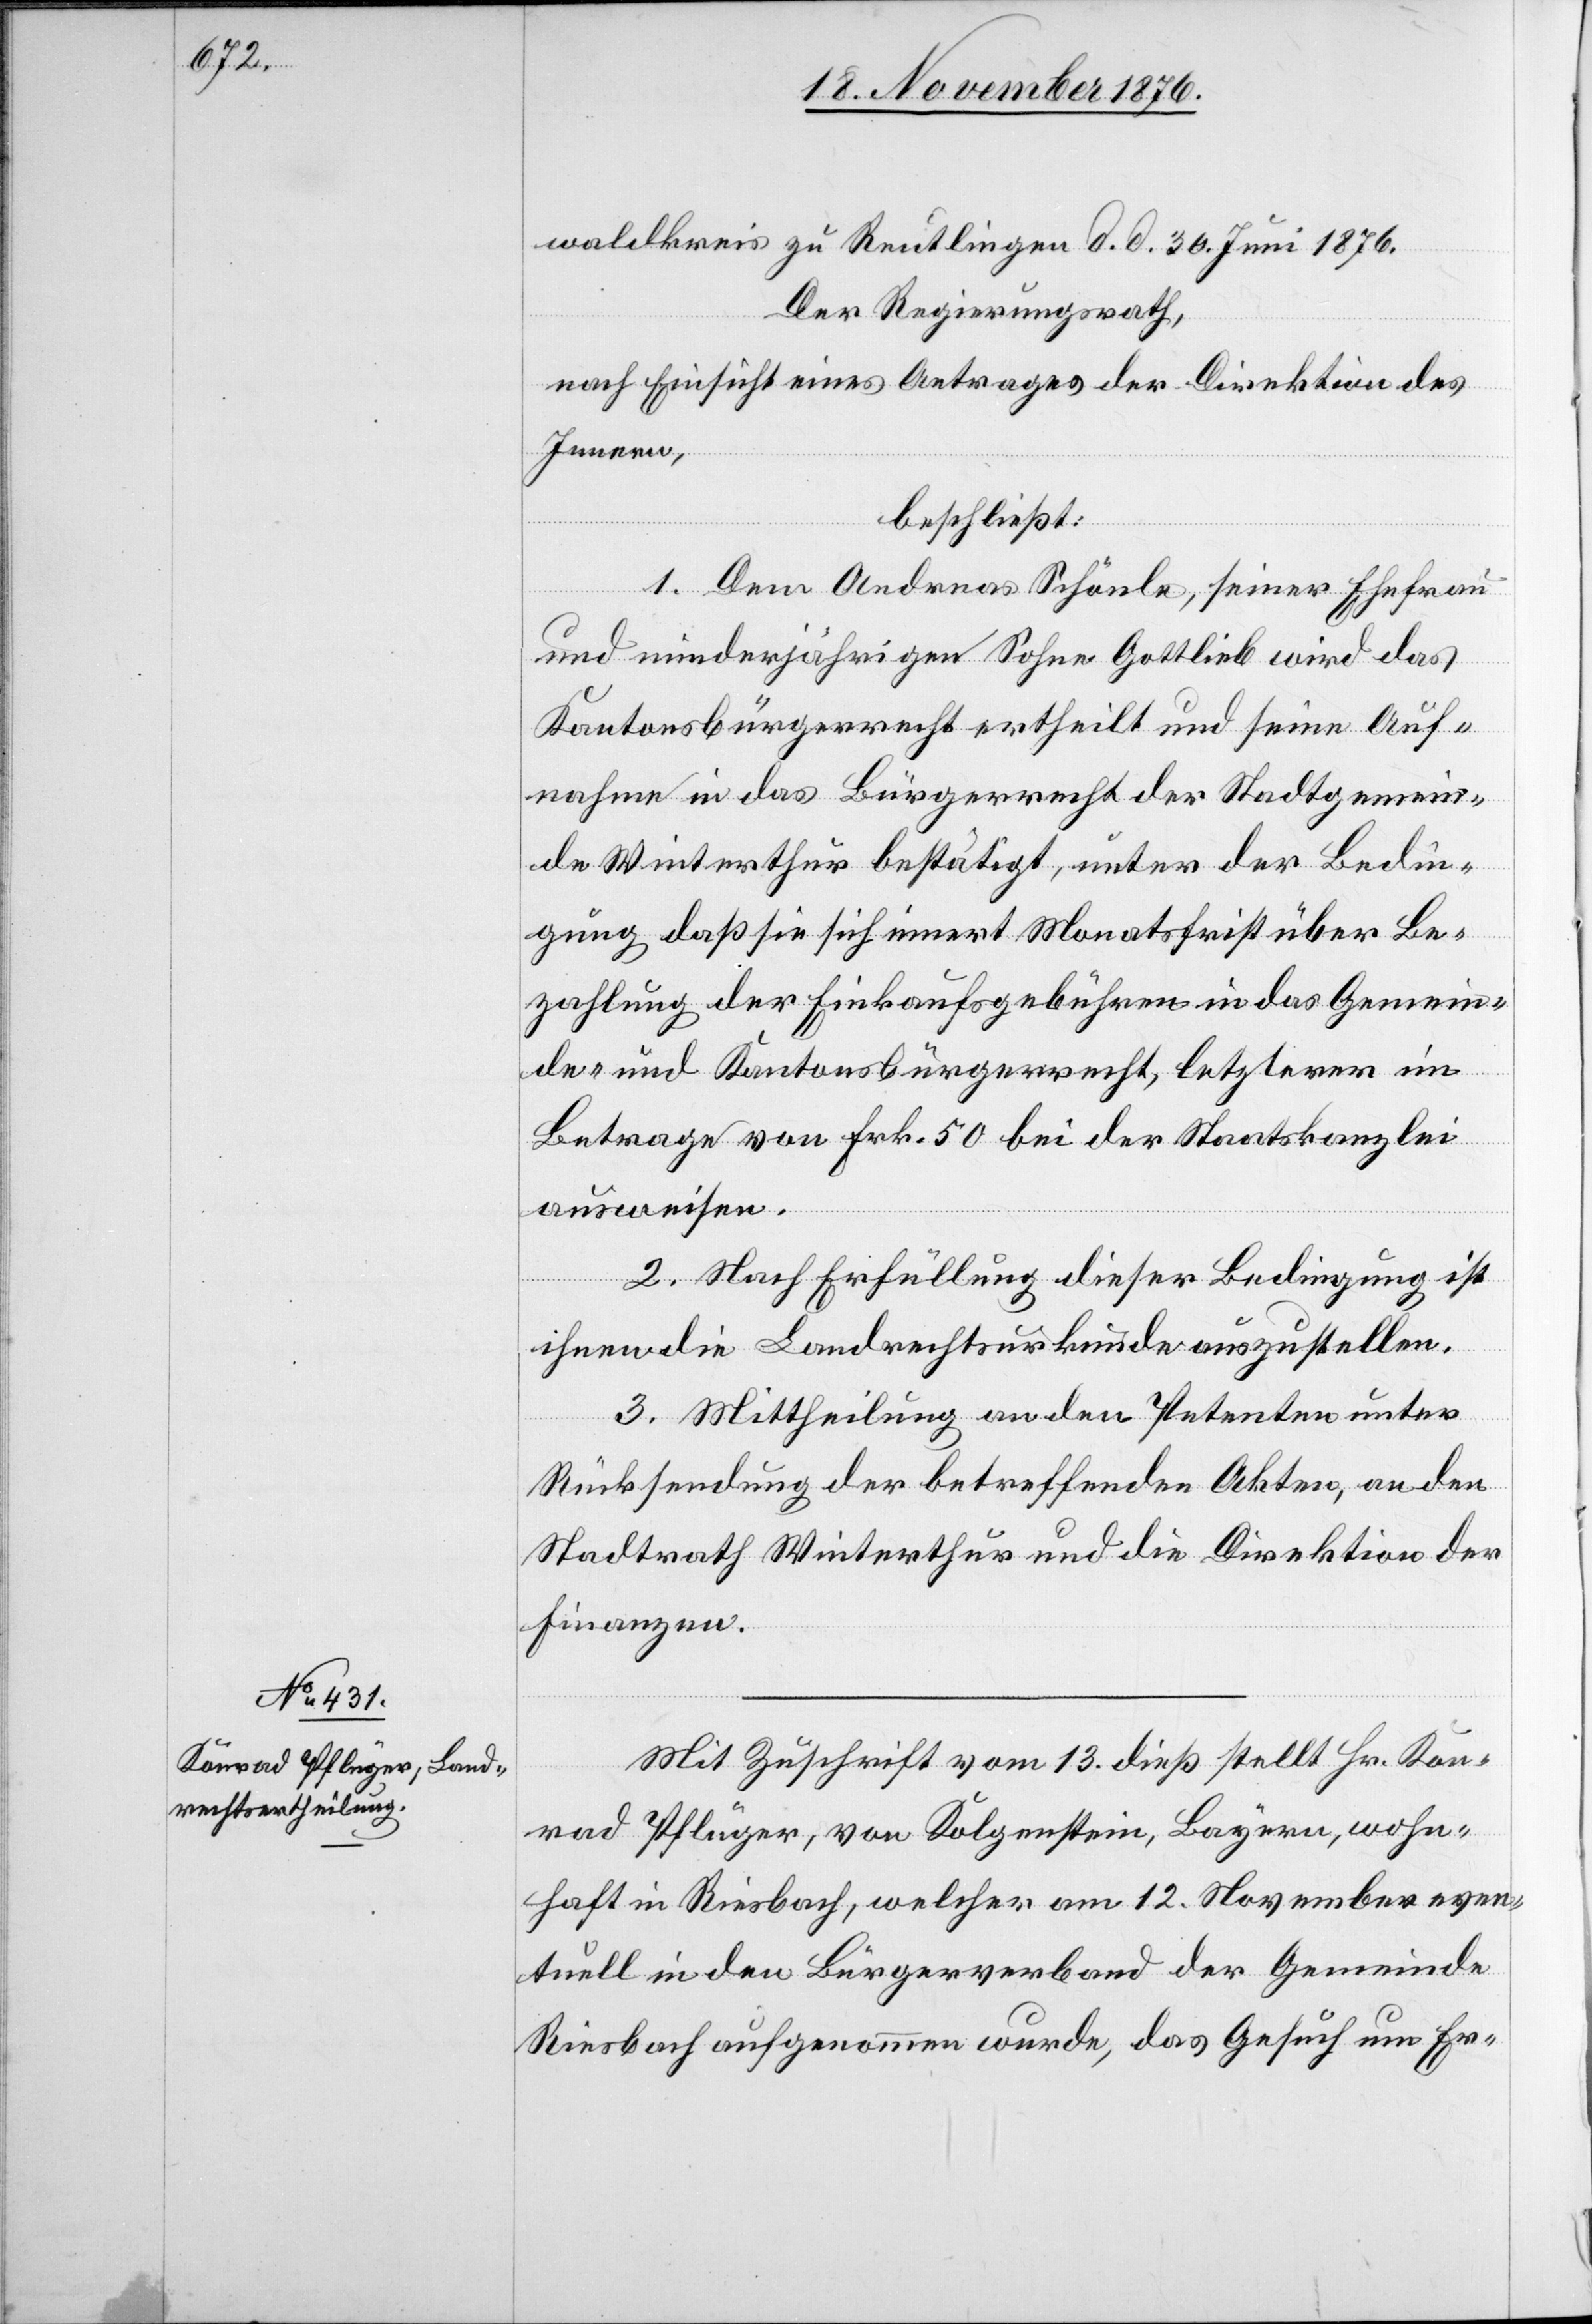
Mit Zuschrift vom 13. dieß stellt Hr. Kon¬
rad Pflüger, von Kolgenstein, Bayern, wohn¬
haft in Riesbach, welcher am 12. November even¬
tuell in den Bürgerverband der Gemeinde
Riesbach aufgenommen wurde, das Gesuch um Er-